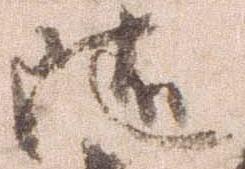
随